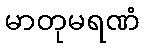
မာတုမရဏံ